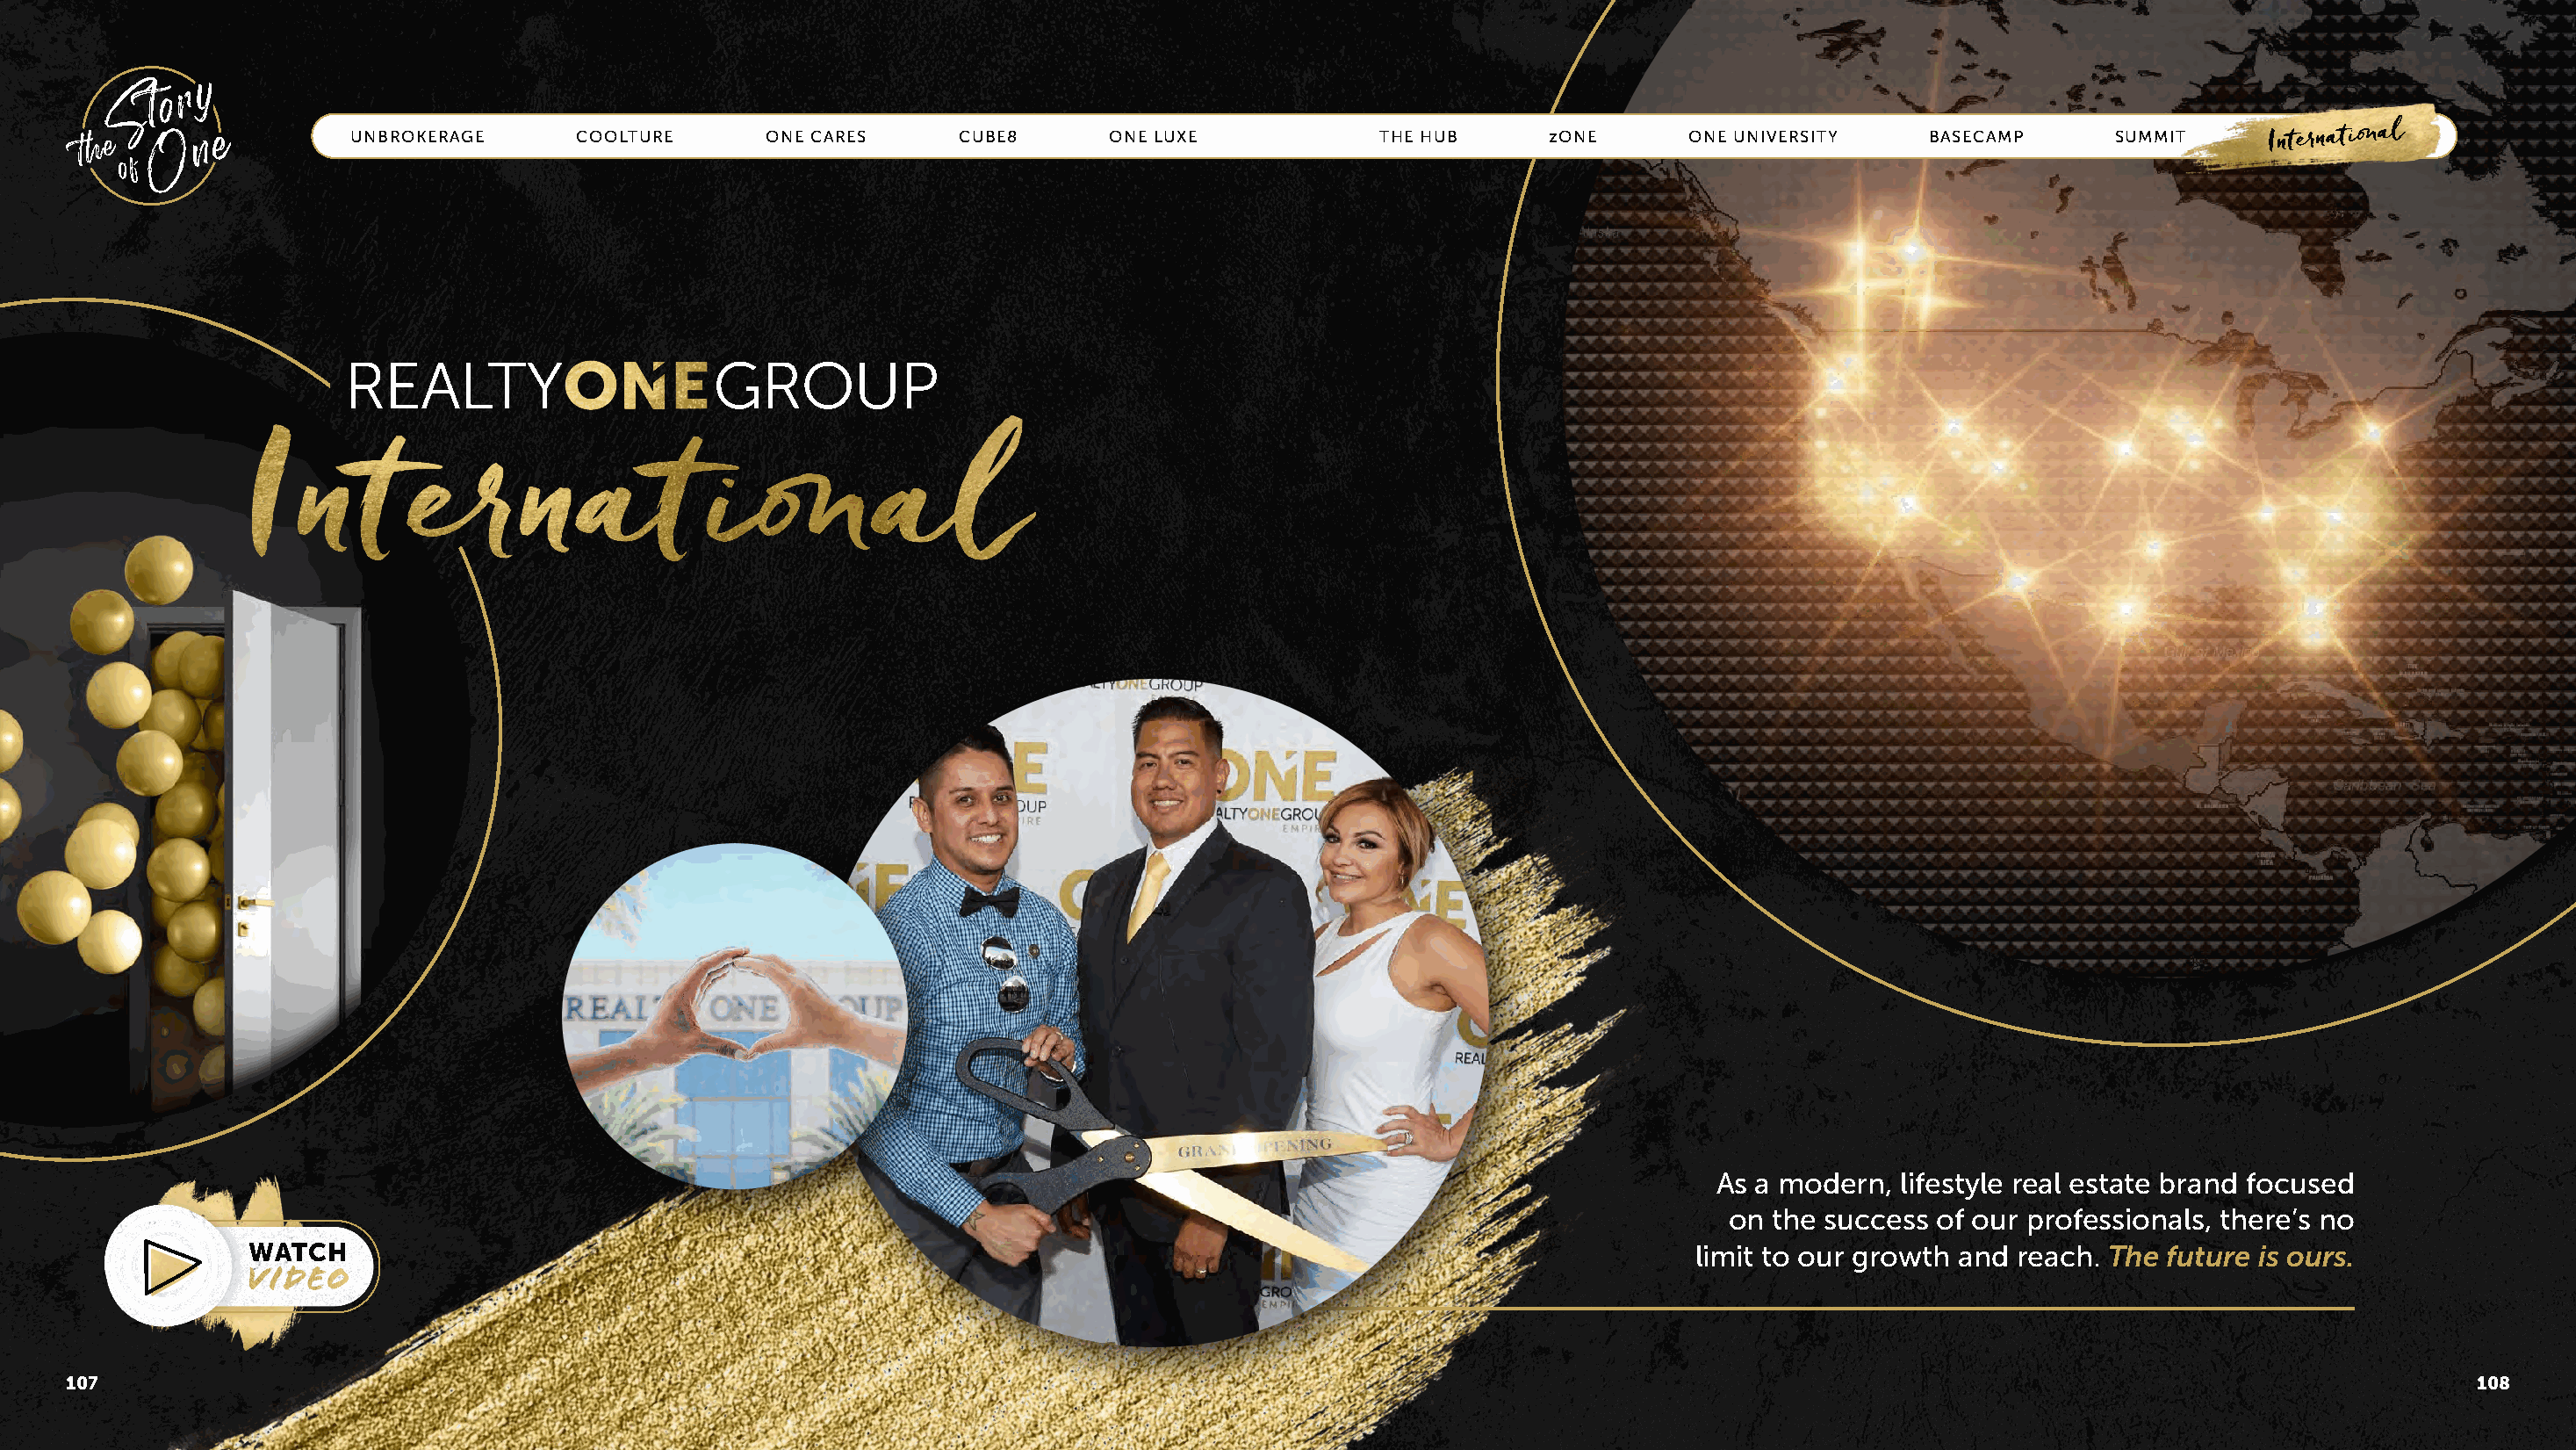
UNBROKERAGE      COOLTURE       ONE CARES     CUBE8       ONE LUXE            THE HUB      zONE      ONE UNIVERSITY    BASECAMP       SUMMIT      INTERNATIONAL
 As a modern,  lifestyle real estate brand focused
 on  the success of our professionals, there’s no
 WATCH                                                                                                        limit to our growth and reach. The future is ours.
 107                                                                                                                                                                                   108